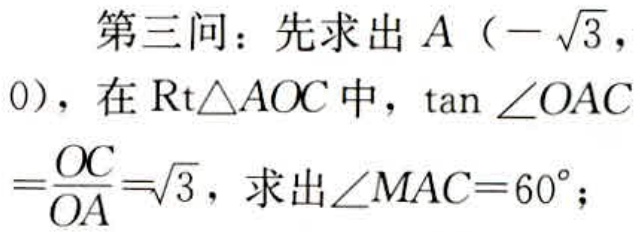
第三问：先求出 \(A（-\sqrt{3}，0）\)，在 \(\text{Rt}\triangle AOC\) 中，\(\tan\angle OAC=\frac{OC}{OA}=\sqrt{3}\)，求出 \(\angle MAC = 60^{\circ}\)；